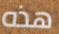
هذه